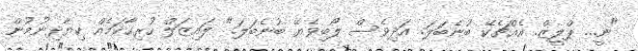
"ނީ... ޕްލީޒް. އެއްޗެކޭ ބުނެބަލަ. އަދިވެސް ލޯބިވެޔޭ ބުނެބަލަ." ލައިޒަލް ހުރިހާކަމެއް ކިޔާދިނުމުން